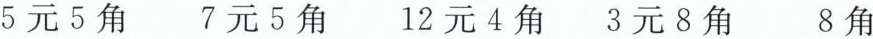
5元5角 7元5角 12元4角3元8角 8角